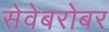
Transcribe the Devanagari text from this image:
सेवेबरोबर